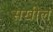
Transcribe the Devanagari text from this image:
सखील